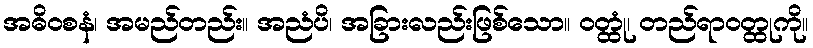
အဓိဝစနံ၊ အမည်တည်း။ အညံပိ၊ အခြားလည်းဖြစ်သော။ ဝတ္ထုံ၊ တည်ရာဝတ္ထုကို။